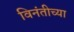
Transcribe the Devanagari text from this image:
विनंतीच्या